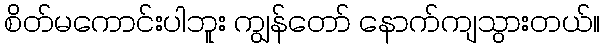
စိတ်မကောင်းပါဘူး ကျွန်တော် နောက်ကျသွားတယ်။